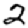
Digit: 2